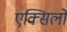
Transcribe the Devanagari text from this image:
एक्सिलो